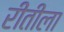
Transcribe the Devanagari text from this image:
रीतीला